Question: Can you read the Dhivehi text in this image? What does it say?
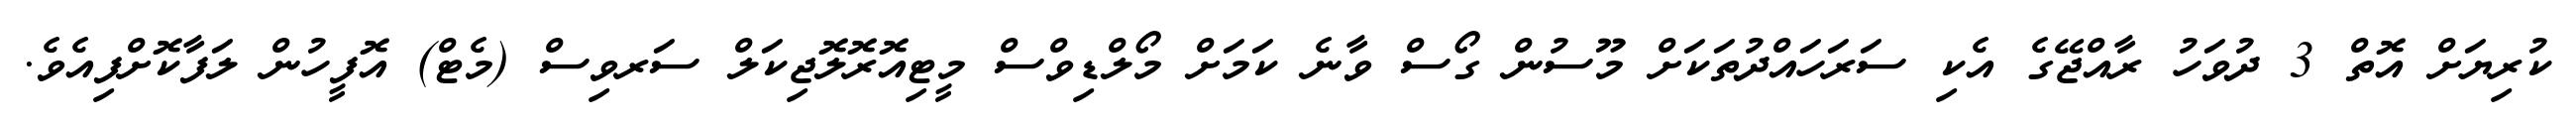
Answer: ކުރިޔަށް އޮތް 3 ދުވަހު ރާއްޖޭގެ އެކި ސަރަހައްދުތަކަށް މޫސުން ގޯސް ވާނެ ކަމަށް މޯލްޑިވްސް މީޓިއޮރޮލޮޖިކަލް ސަރވިސް (މެޓް) އޮފީހުން ލަފާކޮށްފިއެވެ.